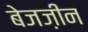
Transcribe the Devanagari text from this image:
बेजज़ीन